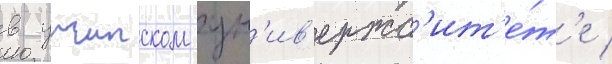
в уичитском ун'ив'ерс'ит'е́т'е /